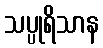
သပ္ပုရိသာန